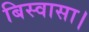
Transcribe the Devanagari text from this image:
बिस्वासा।